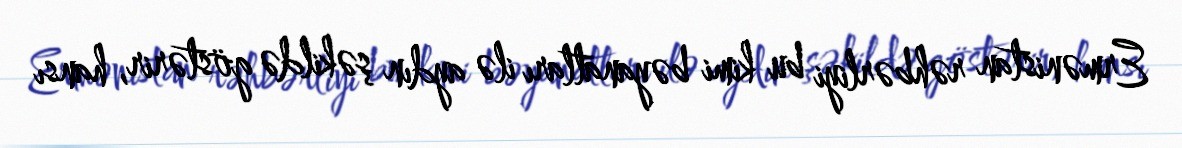
Ermənistan rəhbərliyi bu kimi bəyanatları ilə aydın şəkildə göstərir, hansı